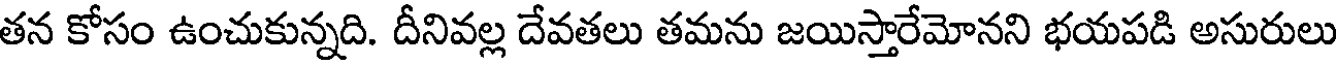
తన కోసం ఉంచుకున్నది. దీనివల్ల దేవతలు తమను జయిస్తారేమోనని భయపడి అసురులు